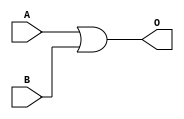
module OR(
	input A,B,
	output O
	);
	
	assign O = A | B;

endmodule